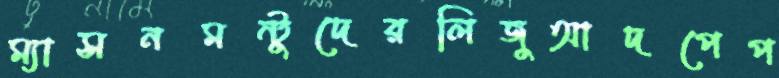
ম্যাসনমন্টুদেরলিজুআদপেপ